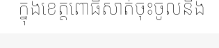
ក្នុងខេត្តពោធិ៍សាត់ចុះចូលនឹង